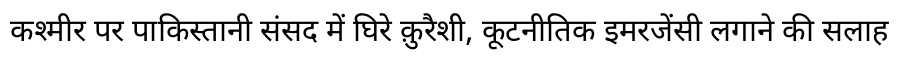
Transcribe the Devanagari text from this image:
कश्मीर पर पाकिस्तानी संसद में घिरे क़ुरैशी, कूटनीतिक इमरजेंसी लगाने की सलाह